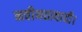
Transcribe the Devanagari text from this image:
नवीनतावादी।